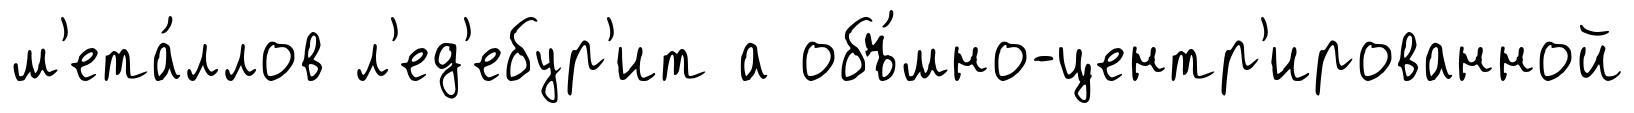
м'ета́ллов л'ед'ебур'ит а объ́мно-центр'ированной